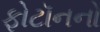
ફોટૉનનો